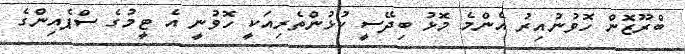
ބްރޫޒޮން ހޮވުނުއިރު އެންމެ މޮޅު ބިދޭސީ ކުޅުންތެރިއަކީ ހޮވުނީ އެ ޓީމުގެ ސްޕެއިންގެ